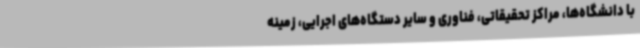
با دانشگاه‌ها، مراکز تحقیقاتی، فناوری و سایر دستگاه‌های اجرایی، زمینه